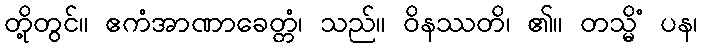
တို့တွင်။ ဧကံအာဏာခေတ္တံ၊ သည်။ ဝိနဿတိ၊ ၏။ တသ္မိံ ပန၊